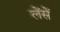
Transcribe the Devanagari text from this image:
लेंसें